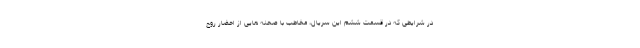
در شرایطی که در قسمت ششم این سریال، مخاطب با صحنه هایی از احضار روح